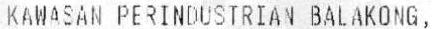
KAWASAN PERINDUSTRIAN BALAKONG,